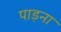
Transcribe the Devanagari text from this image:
पाड़ना